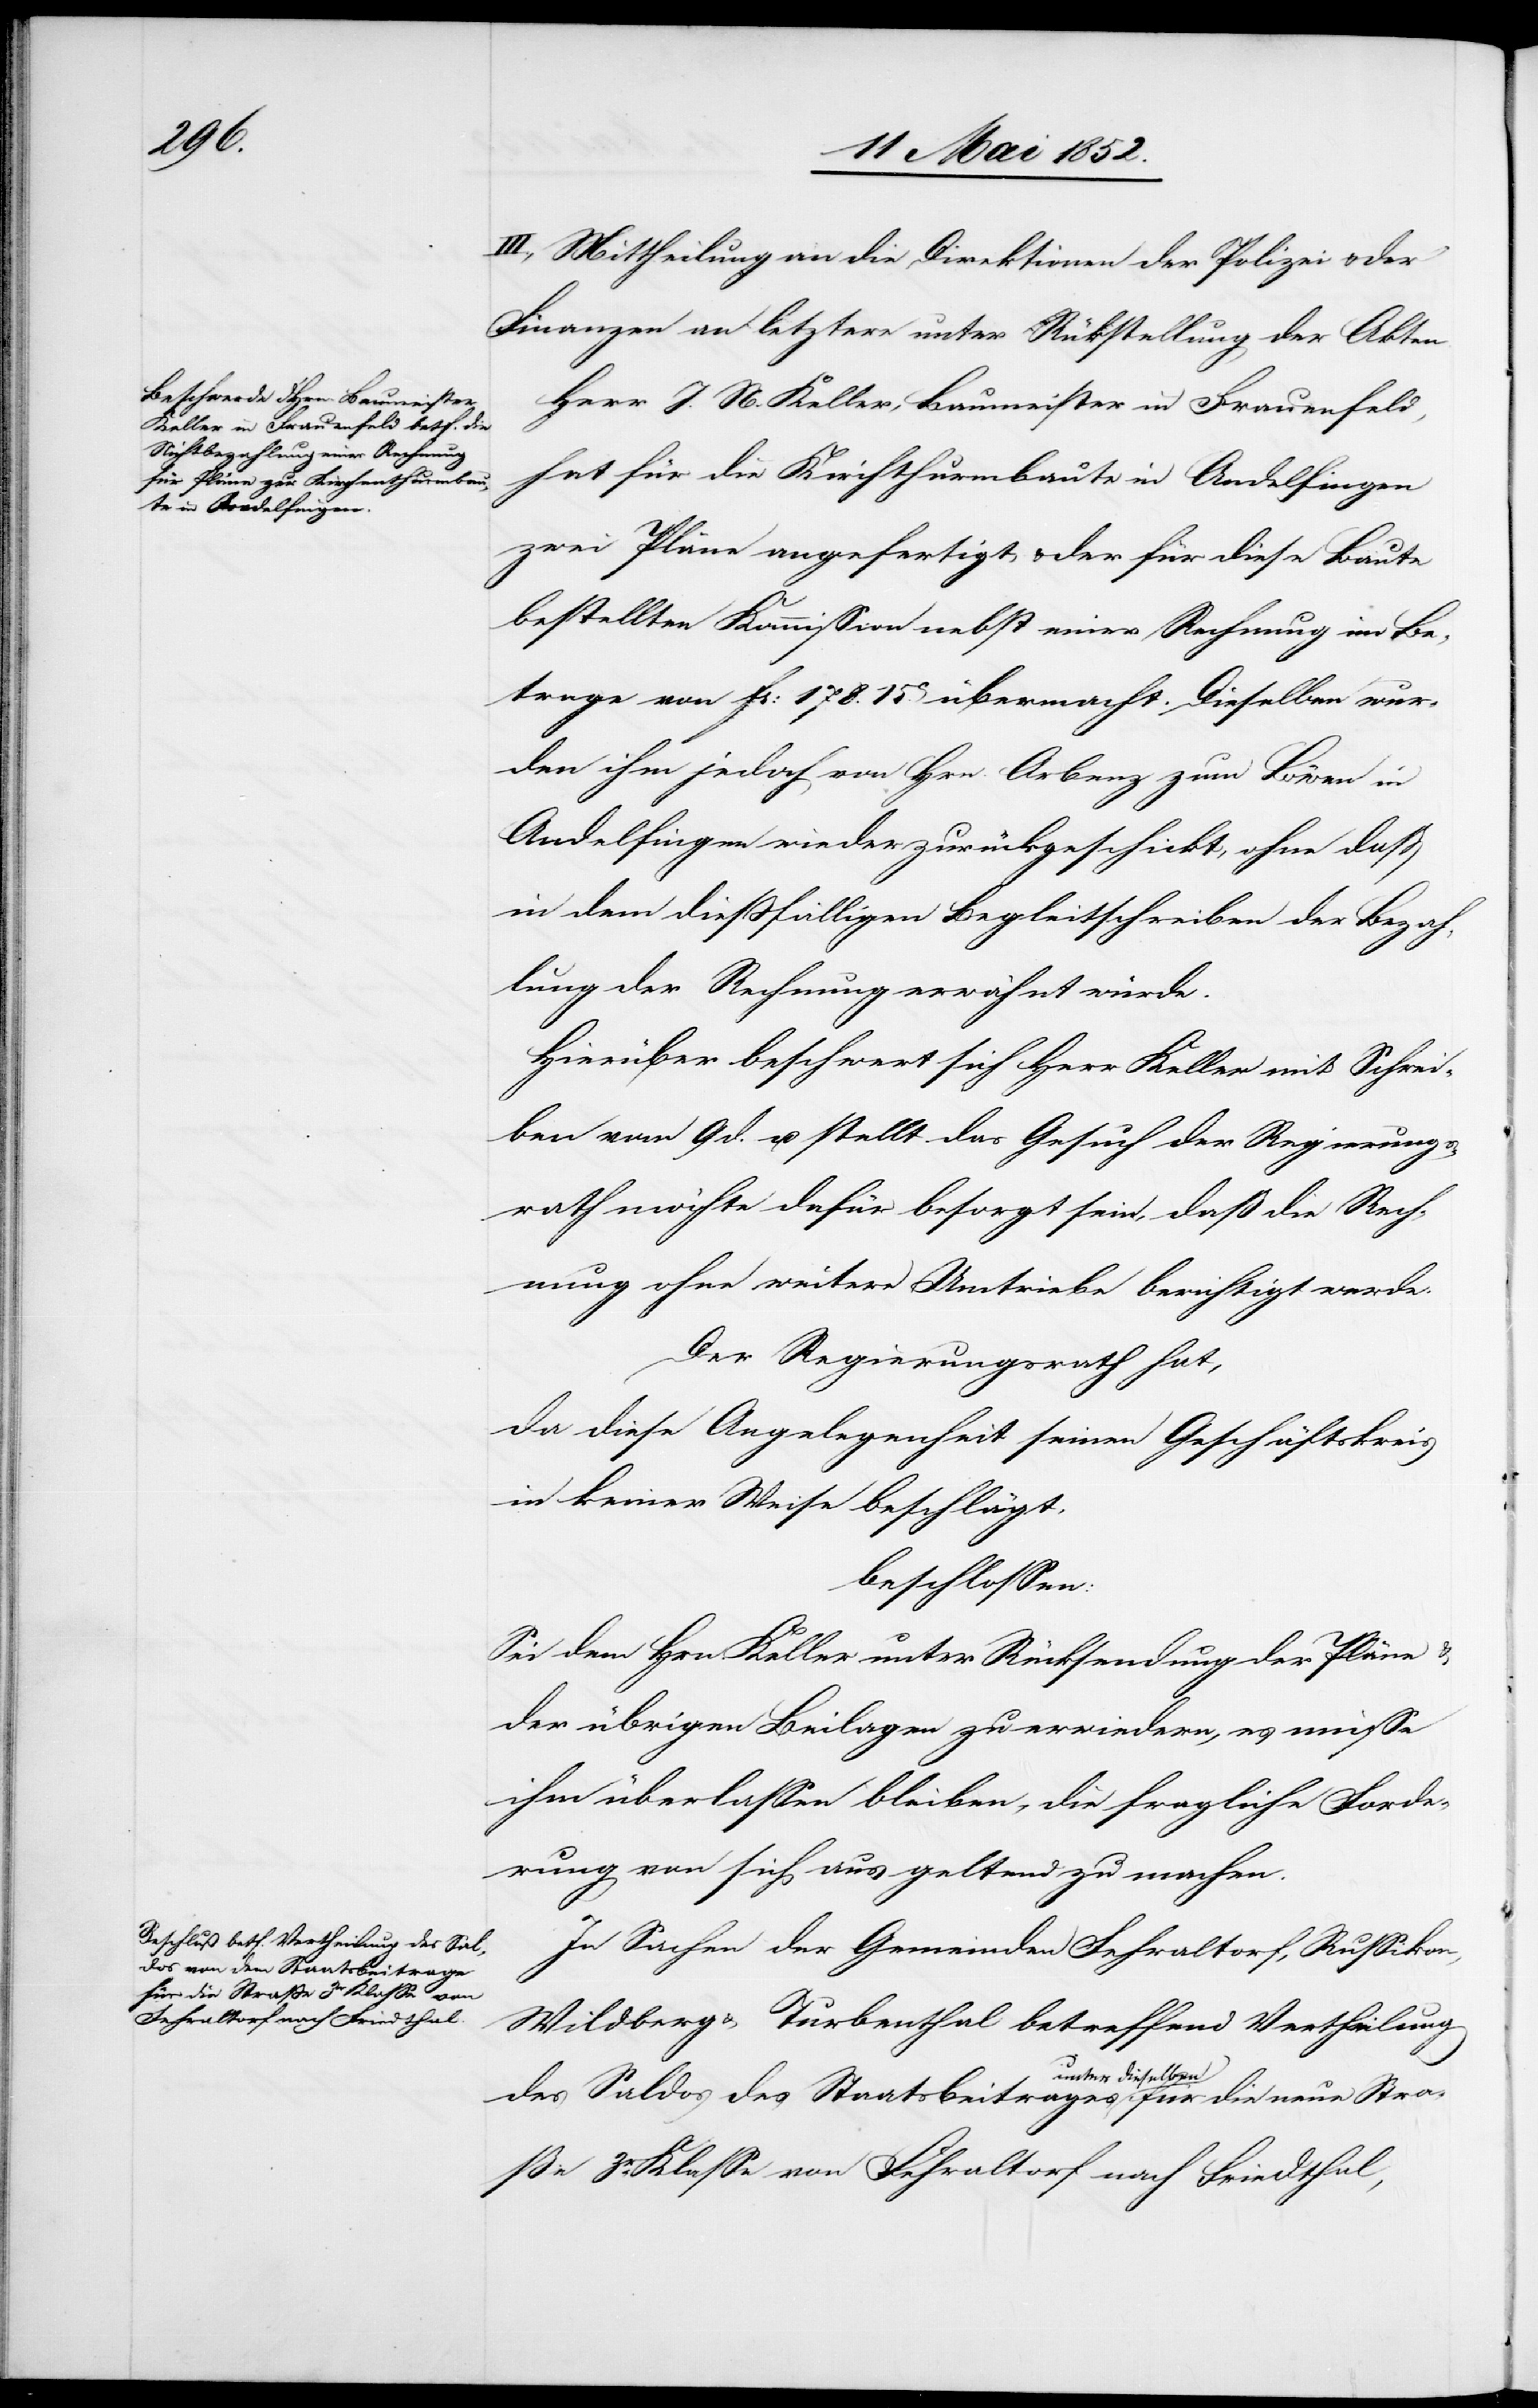
für die neue Straße 3r. Klasse von
Fehraltorf nach Friedthal,

III., Mittheilung an die Direktionen der Polizei & der
Finanzen an letztere unter Rü[c]kstellung der Akten.
Herr J. N. Keller, Baumeister in Frauenfeld,
hat für die Kirchthurmbaute in Andelfingen
zwei Pläne angefertigt, & der für diese Baute
bestellten Kommission nebst einer Rechnung im Be¬
trage von Fr: 178. 15ct. übermacht. Dieselben wur¬
den ihm jedoch von Hrn. Arbenz zum Löwen in
Andelfingen wieder zurückgeschickt, ohne dass
in dem diessfälligen Begleitschreiben der Bezah¬
lung der Rechnung erwähnt würde.
Hierüber beschwert sich Herr Keller mit Schrei¬
ben vom 9 d. u. stellt das Gesuch der Regierungs¬
rath möchte dafür besorgt sein, daß die Rech¬
nung ohne weitere Umtriebe berichtigt werde.
Der Regierungsrath hat,
da diese Angelegenheit seinen Geschäftskreis
in keiner Weise beschlägt,
beschlossen:
Sei dem Hrn. Keller unter Rücksendung der Pläne &
der übrigen Beilagen zu erwiedern, es müsse
ihm überlassen bleiben, die fragliche Forde¬
rung von sich aus geltend zu machen.
In Sachen der Gemeinden Fehraltorf, Russikon,
Wildberg & Turbenthal betreffend Vertheilung
des Saldos des Staatsbeitrages unter dieselben